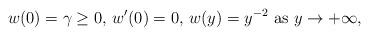
LaTeX: \begin{align*} w(0) = \gamma\geq 0, \, w'(0) = 0 ,\, w(y) = y^{-2} \mbox{ as } y \to + \infty, \end{align*}